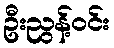
ဦးညွန့်ဝင်း